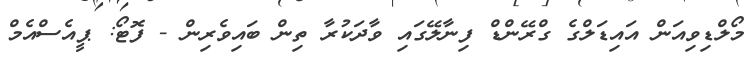
މޯލްޑިވިއަން އައިޑަލްގެ ގްރޭންޑް ފިނާލޭގައި ވާދަކުރާ ތިން ބައިވެރިން - ފޮޓޯ: ޕީއެސްއެމް